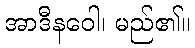
အာဒီနဝေါ၊ မည်၏။